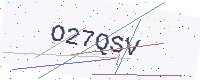
Text: O27QSV